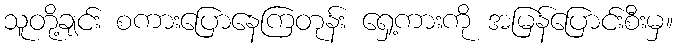
သူတို့ချင်း စကားပြောနေကြတုန်း ရှေ့ကားကို အမြန်ပြောင်းစီးမှ။